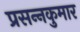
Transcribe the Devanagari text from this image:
प्रसन्‍नकुमार